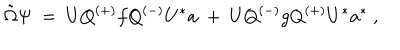
LaTeX: { \tilde { \Omega } } \Psi \ = \ U Q ^ { ( + ) } f Q ^ { ( - ) } U ^ { * } a \ + \ U Q ^ { ( - ) } g Q ^ { ( + ) } U ^ { * } a ^ { * } \ ,